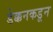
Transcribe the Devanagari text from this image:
डेक्कनकडून